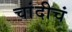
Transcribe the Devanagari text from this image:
चांदीचं